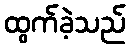
ထွက်ခဲ့သည်